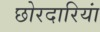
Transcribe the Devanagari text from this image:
छोरदारियां